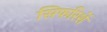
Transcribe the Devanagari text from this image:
सिफरिशें